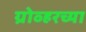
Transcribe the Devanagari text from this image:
ग्रोव्हरच्या